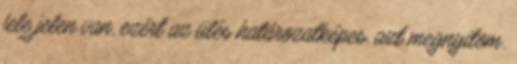
fele jelen van, ezért az ülés határozatképes, azt megnyitom.